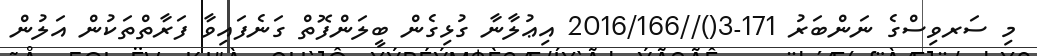
މި ސަރވިސްގެ ނަންބަރު 171-3()//2016/166 އިޢުލާނާ ގުޅިގެން ބީލަންފޮތް ގަނެފައިވާ ފަރާތްތަކުން އަލުން